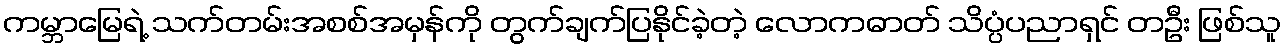
ကမ္ဘာမြေရဲ့ သက်တမ်းအစစ်အမှန်ကို တွက်ချက်ပြနိုင်ခဲ့တဲ့ လောကဓာတ် သိပ္ပံပညာရှင် တဦး ဖြစ်သူ